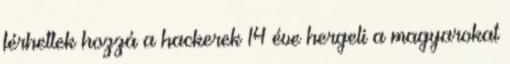
férhettek hozzá a hackerek 14 éve hergeli a magyarokat